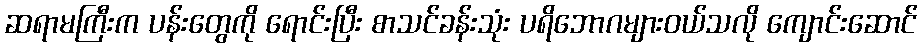
ဆရာမကြီးက ပန်းတွေကို ရောင်းပြီး စာသင်ခန်းသုံး ပရိဘောဂများဝယ်သလို ကျောင်းဆောင်